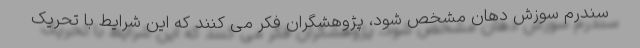
سندرم سوزش دهان مشخص شود، پژوهشگران فکر می کنند که این شرایط با تحریک